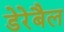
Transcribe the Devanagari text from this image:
डेरेबैल